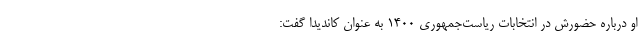
او درباره حضورش در انتخابات ریاست‌جمهوری 1400 به عنوان کاندیدا گفت: